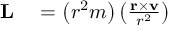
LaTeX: \begin{array} { r l } { \mathbf { L } } & { { } = \left( r ^ { 2 } m \right) \left( { \frac { \mathbf { r } \times \mathbf { v } } { r ^ { 2 } } } \right) } \end{array}